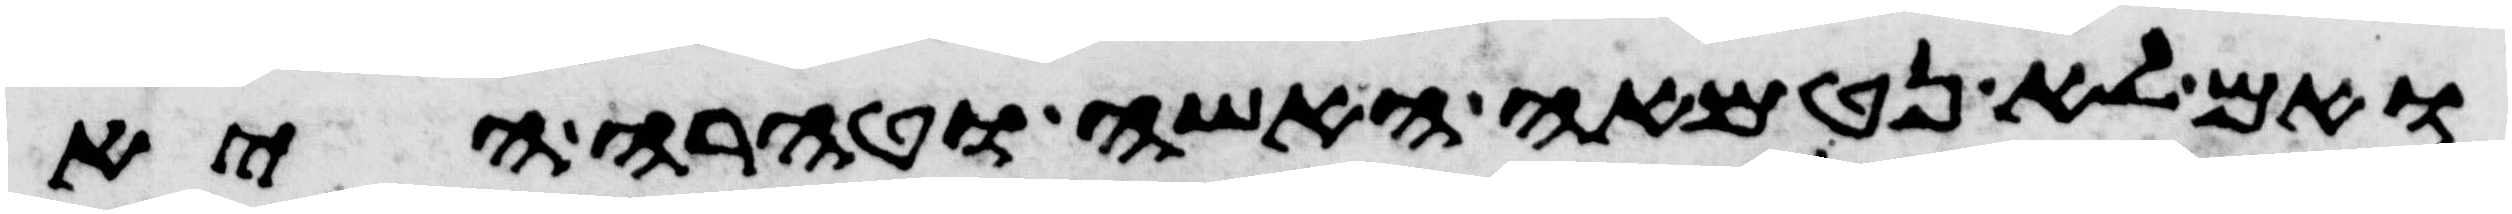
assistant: ואם לא נטמאה האשה וטהרה היא